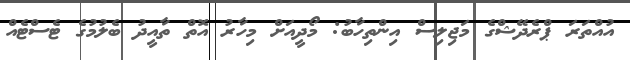
އުއްތަރަ ޕްރެދޭޝްގެ މަޖިލިސް އިންތިހާބު: މޯދީއަށް މިހާރު އޮތް ތާއީދު ބެލުމުގެ ޓެސްޓެއް